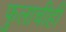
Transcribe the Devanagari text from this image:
फुलाचीही